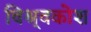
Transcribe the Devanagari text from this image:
विश्र्वकोश